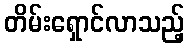
တိမ်းရှောင်လာသည့်